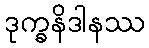
ဒုက္ခနိဒါနဿ